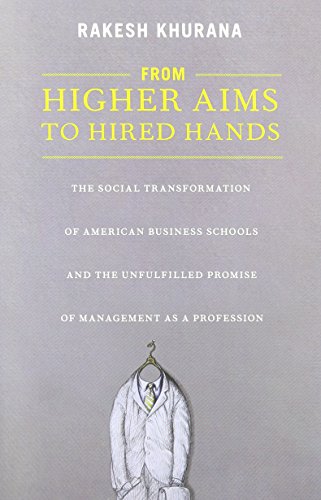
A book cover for From Higher Aims to Hired Hands: The Social Transformation of American Business Schools and the Unfulfilled Promise of Management as a Profession; Rakesh Khurana; Education & Teaching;